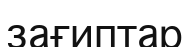
зағиптар